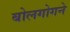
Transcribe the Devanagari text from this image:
बोलगोगने